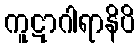
ကူဋာဂါရာနိပိ